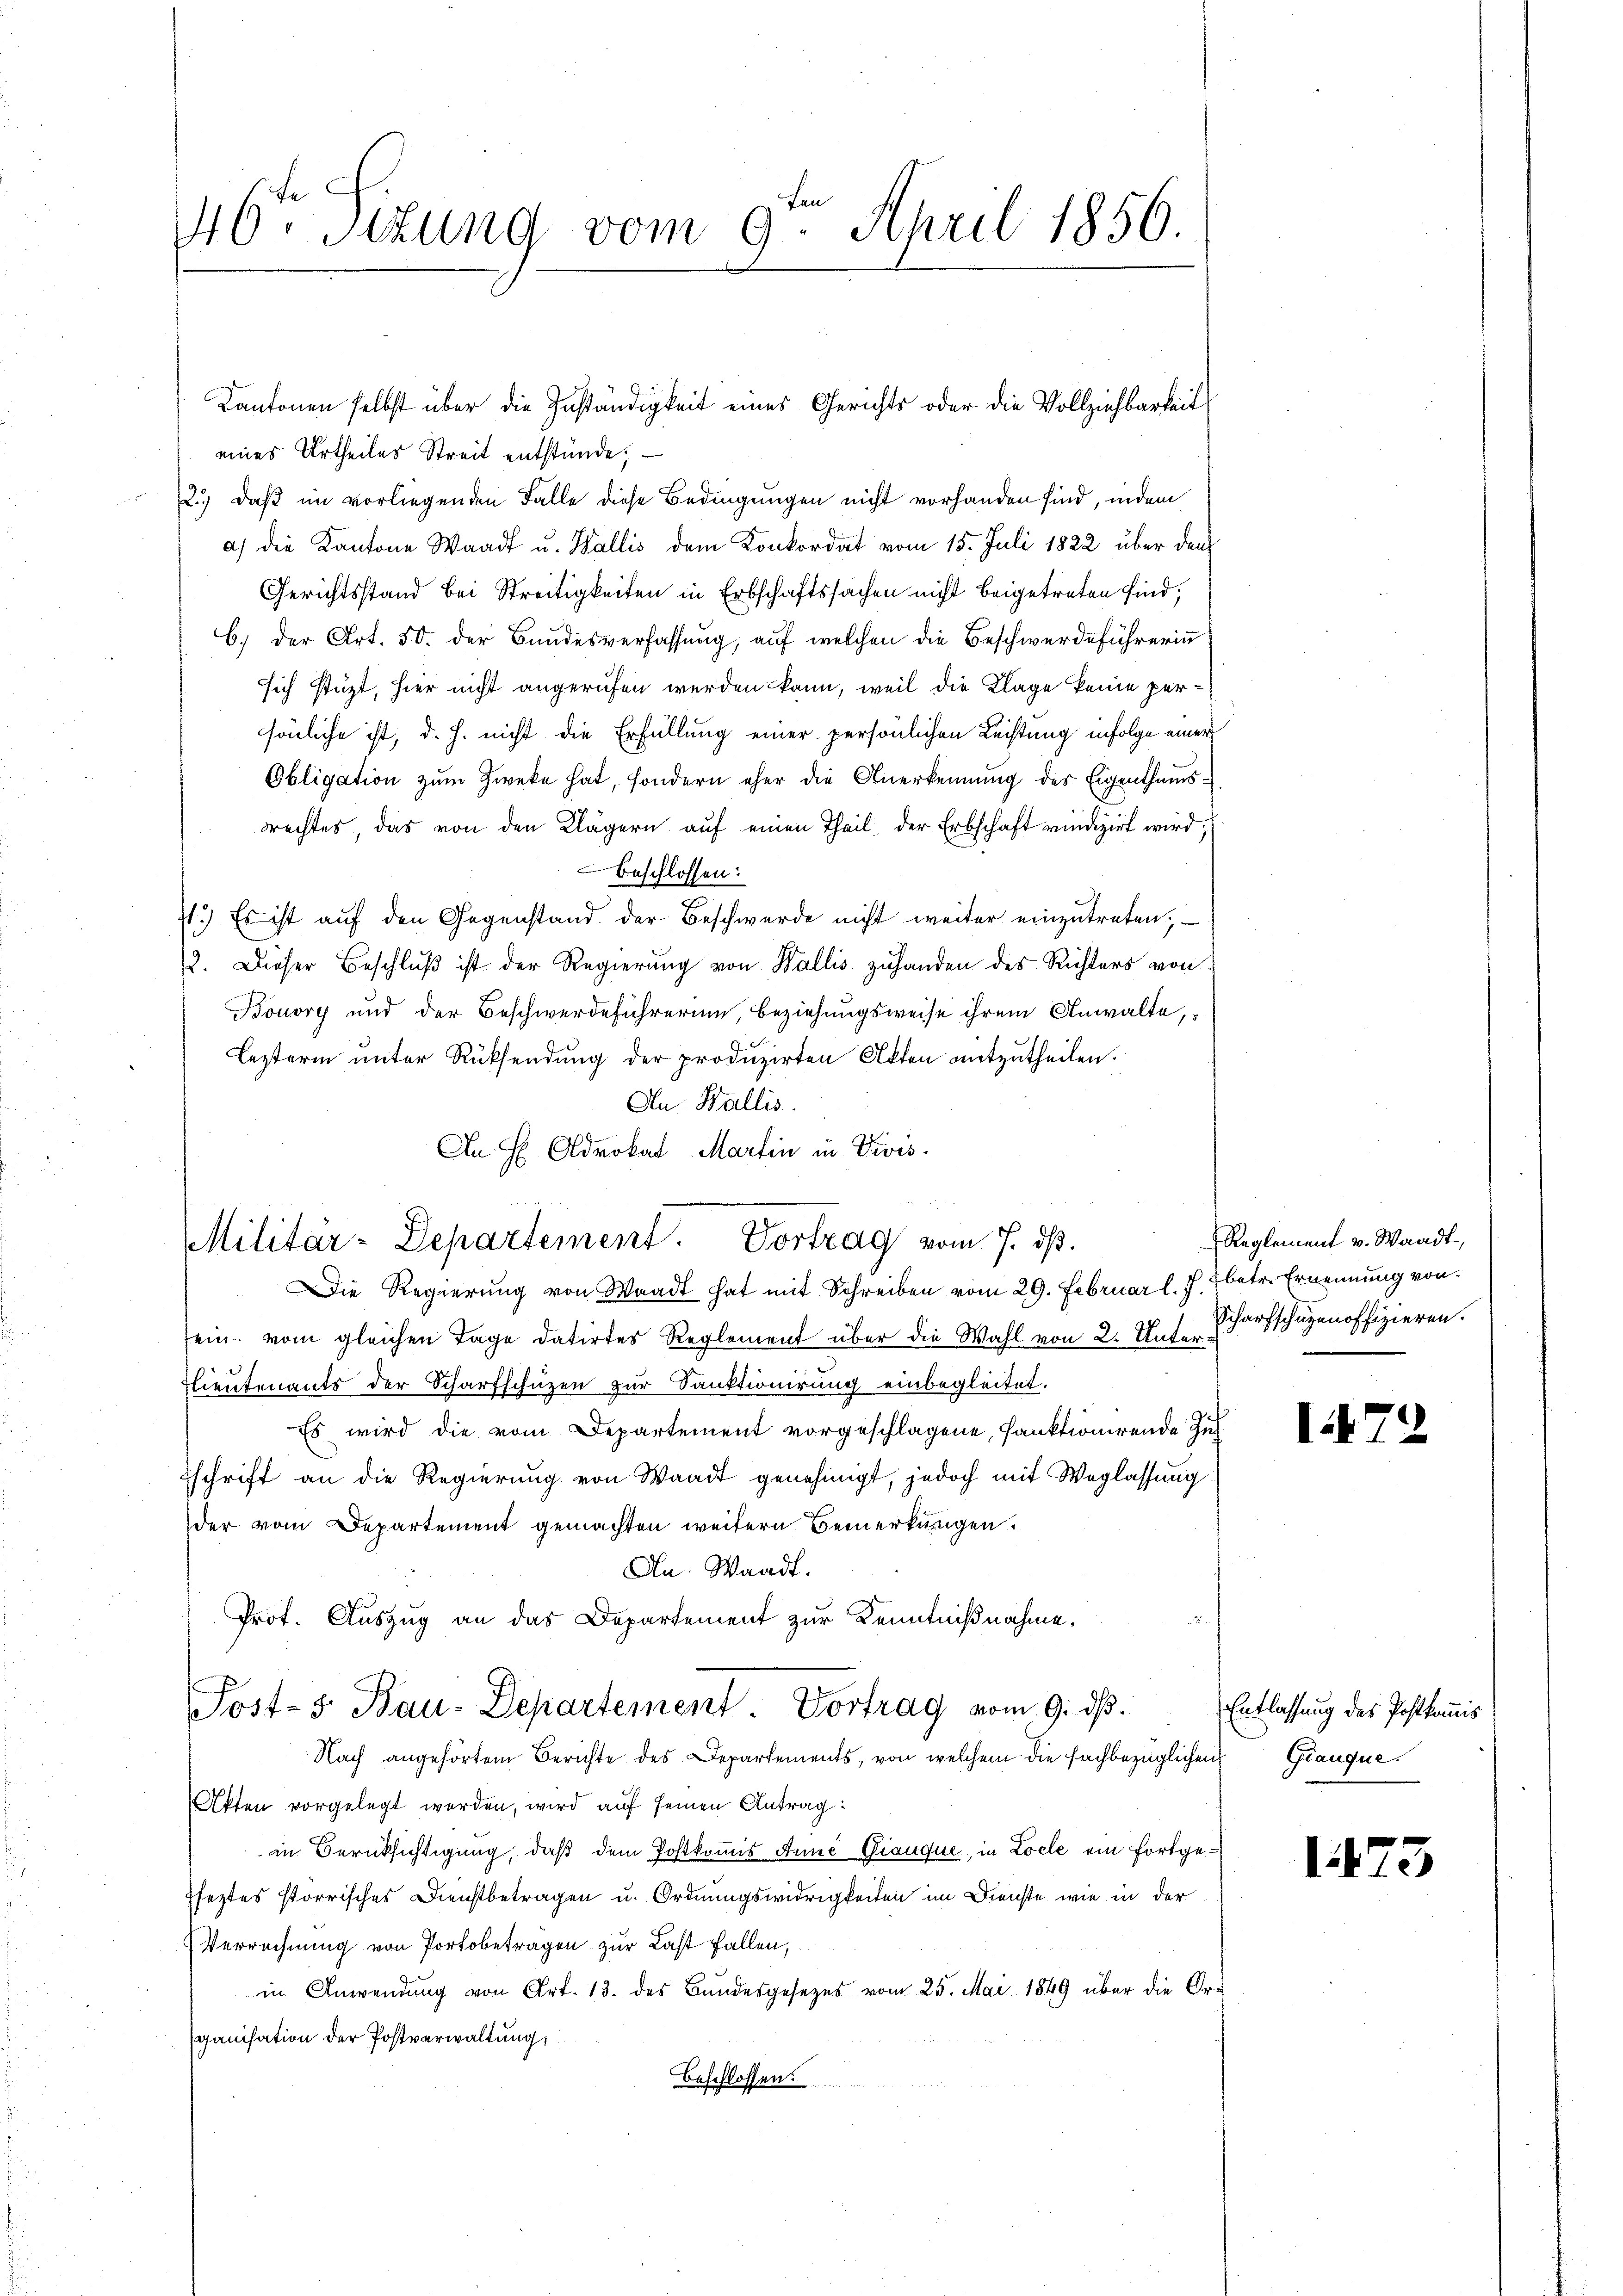
46. Sttung vom 9. April 1856.

eines Urtheiles Streit entstünde;
2.) daß im vorliegenden Falle diese Bedingungen nicht vorhanden sind, indem
a) die Kantone Waadt u. Wallis dem Konkordat vom 15. Juli 1822 über den
Gerichtsstand bei Streitigkeiten in Erbschaftssachen nicht beigetreten sind;
C.) Der Art. 50. der Bundesverfassung, auf welchen die Beschwerdeführerinn
sich stüzt, hier nicht angerufen werden kann, weil die Klage keine persönliche ist, d. h. nicht die Erfüllung einer persönlichen Leistung infolge einer
Obligation zum Zwecke hat, sondern eher die Anerkennung des Eigenthumsrrechtes, das von den Klägern auf einen Theil, der Erbschaft vindizirt wird;
beschlossen:
71.) Es ist auf den Gegenstand der Beschwerde nicht weiter einzutreten; —
. Dieser Beschlŭβ ist der Regierŭng von Wallis zuhanden des Richters von
Bouvry und der Beschwerdeführerum, Beziehungsweise ihrem Anwalte,
Lezterm unter Rücksendung der produzirten Akten mitzutheilen.
An Wallis.
An H Advokat Martin in Divis.
Die Regierung von Waadt hat mit Schreiben vom 29. Februar l. J. 2 betr. Ernennung von
sein vom gleichen Tage datirtes Reglement über die Wahl von 2. Unter¬
Lieutenants der Scharfschüzen zur Sanktionirung einbegleitet.
Es wird die vom Departement vorgeschlagene, sanktionirende Zuh
schrift an die Regierung von Waadt genehmigt, jedoch mit Weglassung
der vom Departement gemachten weitern Bemerkungen.
An: Waadt.
Prof. Auszug an das Departement zur Kenntnißnahme.
Post-5 Bau-Departement Vortrag vom 9. dβ.
Nach angehörtem Berichte des Departements, von welchem die fachbezüglichen
Akten vorgelegt werden, wird auf seinen Antrag:
in Berücksichtigung, daß dem Postkommis Anne Giauque, in Locle ein fortgepfeztes torrisches Dienstbetragen u. Ordnungswidrigkeiten im Dienste, wie in der
Verrechnung von Portobetragen zur Last fallen,
in Anwendŭng von Art. 13. des Bŭndesgesezes vom 25. Mai 1849 über die Or-
ganisation der Postverwaltung
Beschlossen:

Militär-Departement. Vortrag vom 7. dβ.

Kantonen selbst über die Zuständigkeit eines Gerichts oder die Vollziehbarkeit

Reglement v. Waadt,
Scharfschüzenoffizieren.

I.

Entlassung des Postkommis
Giauque.

1473